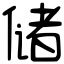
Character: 储